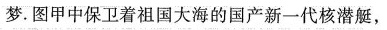
梦.图甲中保卫着祖国大海的国产新一代核潜艇，